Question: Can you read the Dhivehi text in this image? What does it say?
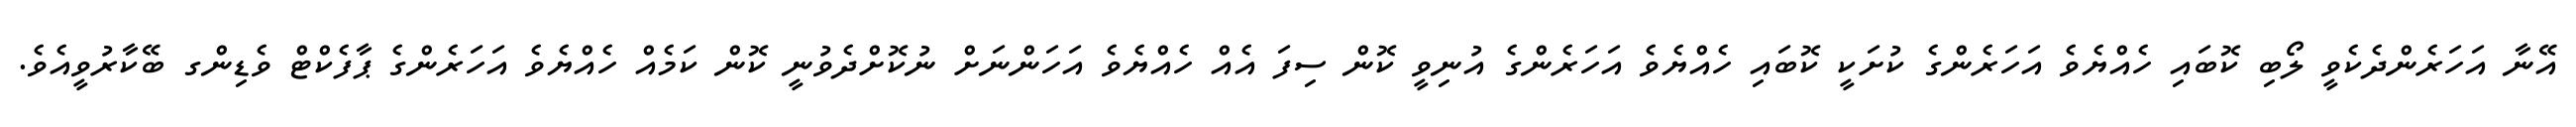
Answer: އޭނާ އަހަރެންދެކެވީ ލޯބި ކޮބައި ހެއްޔެވެ އަހަރެންގެ ކުށަކީ ކޮބައި ހެއްޔެވެ އަހަރެންގެ އުނިވީ ކޮން ސިފަ އެއް ހެއްޔެވެ އަހަންނަށް ނުކޮށްދެވުނީ ކޮން ކަމެއް ހެއްޔެވެ އަހަރެންގެ ޕާފެކްޓް ވެޑިންގ ބޭކާރުވީއެވެ.